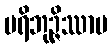
ပရိဘုဉ္ဇိဿာမ